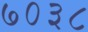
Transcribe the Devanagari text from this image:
७०३८